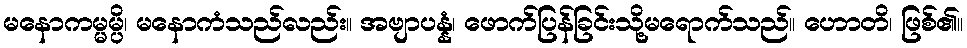
မနောကမ္မမ္ပိ၊ မနောကံသည်လည်း။ အဗျာပန္နံ၊ ဖောက်ပြန်ခြင်းသို့မရောက်သည်။ ဟောတိ၊ ဖြစ်၏။